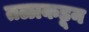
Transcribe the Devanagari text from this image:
तळाकडून